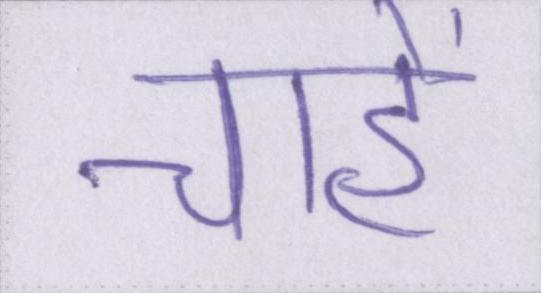
चाहें